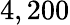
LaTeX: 4,200